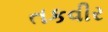
તકવીર